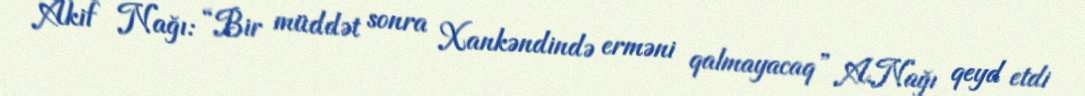
Akif Nağı: “Bir müddət sonra Xankəndində erməni qalmayacaq” A.Nağı qeyd etdi